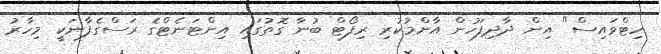
ހިޓްވައިސް" އިން ދާދިފަހުން އާންމުކުރި ރިފޯޓް ބުނާ ގޮތުގައި އިންޓަނެޓްގެ ރަސްގެފާނަކީ މިހާރު